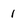
Character: 1